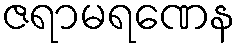
ဇရာမရဏေန